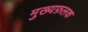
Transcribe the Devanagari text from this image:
मुख्यफ़लक